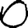
Digit: 0